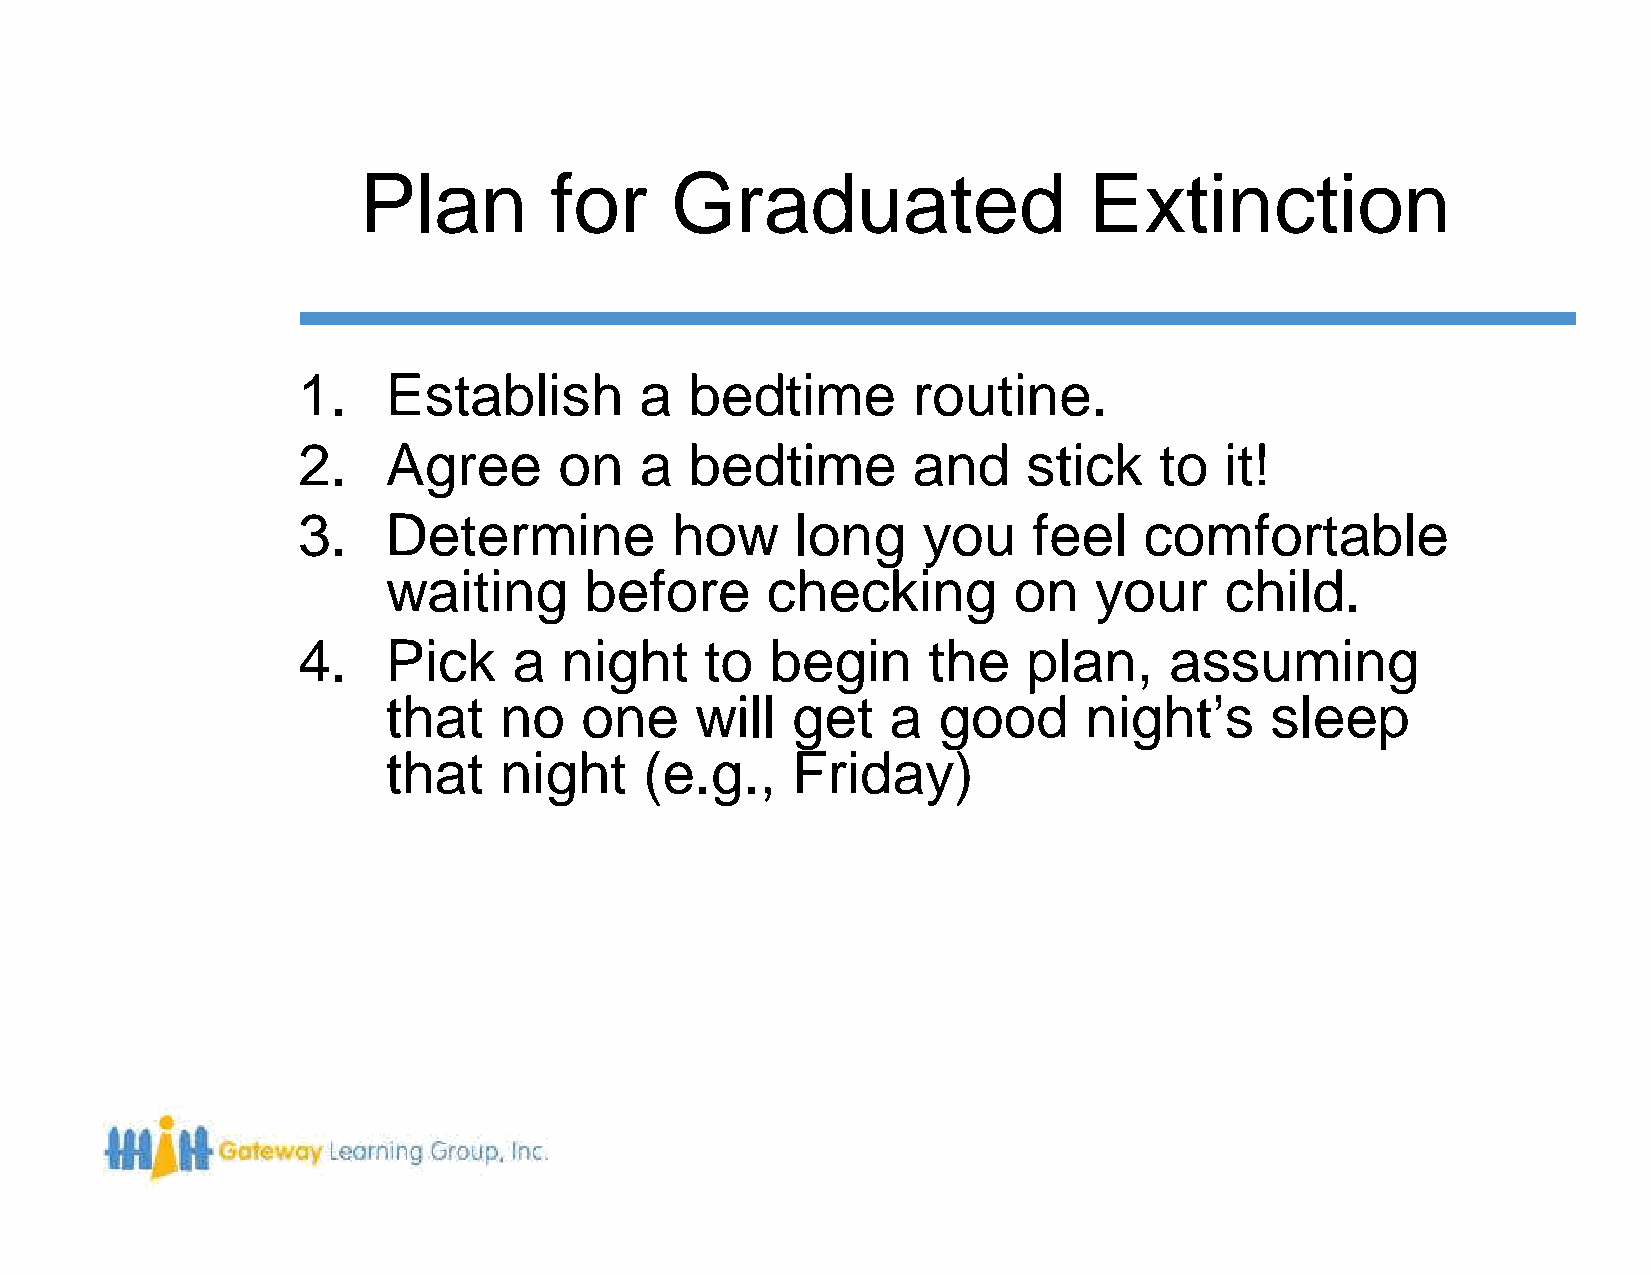
Plan        for     Graduated                   Extinction
 1.    Establish       a   bedtime       routine.
 2.    Agree      on   a   bedtime       and     stick    to  it!
 3.    Determine         how      long    you    feel    comfortable
 waiting      before      checking        on   your     child.
 4.    Pick    a  night     to  begin     the    plan,    assuming
 that   no   one     will  get    a  good      night’s     sleep
 that   night     (e.g.,   Friday)